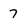
Character: 7